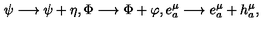
\psi \longrightarrow \psi + \eta , \Phi \longrightarrow \Phi + \varphi , e _ { a } ^ { \mu } \longrightarrow e _ { a } ^ { \mu } + h _ { a } ^ { \mu } ,